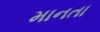
માનતા